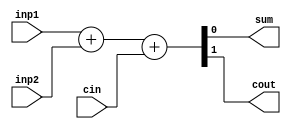
module fadder (sum, cout, inp1, inp2, cin);
	output sum, cout;
	input inp1, inp2, cin;

	assign {cout, sum} = inp1 + inp2 + cin;
endmodule

/*
module tb_fadder;
	wire sum, cout;
	reg inp1, inp2, cin;
	
	fadder fl (sum, cout, inp1, inp2, cin);
	
	initial
		$monitor(, $time," inp1 = %b, inp2 =%b, cin = %b, sum = %b, cout = %b",
			inp1, inp2, cin, sum, cout);	
	initial
		begin
			#0 inp1 =1'b0;inp2 =1'b0;cin =1'b0;
			#4 inp1 =1'b1;inp2 =1'b0;cin =1'b0;
			#4 inp1 =1'b0;inp2 =1'b1;cin =1'b0;
			#4 inp1 =1'b1;inp2 =1'b1;cin =1'b0;
			#4 inp1 =1'b0;inp2 =1'b0;cin =1'b1;
			#4 inp1 =1'b1;inp2 =1'b0;cin =1'b1;
			#4 inp1 =1'b0;inp2 =1'b1;cin =1'b1;
			#4 inp1 =1'b1;inp2 =1'b1;cin =1'b1;
		end
endmodule
*/